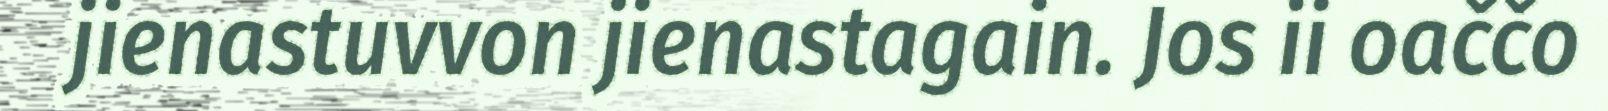
jienastuvvon jienastagain. Jos ii oaččo